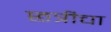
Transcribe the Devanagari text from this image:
छत्रीचा